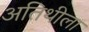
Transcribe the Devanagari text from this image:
अतिथीला